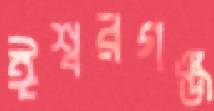
ঈশ্বরগঞ্জ